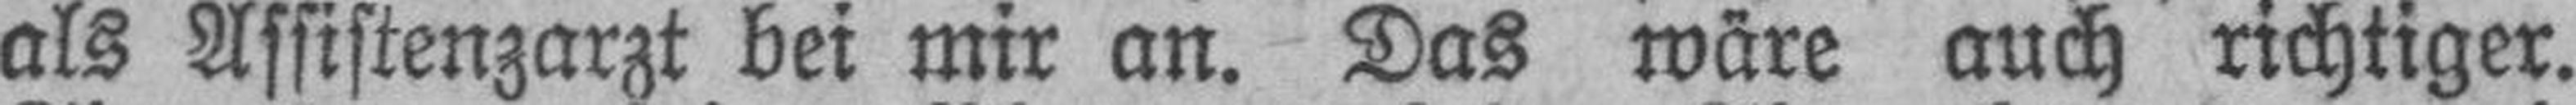
als Assistenzarzt bei mir an. Das wäre auch richtiger.